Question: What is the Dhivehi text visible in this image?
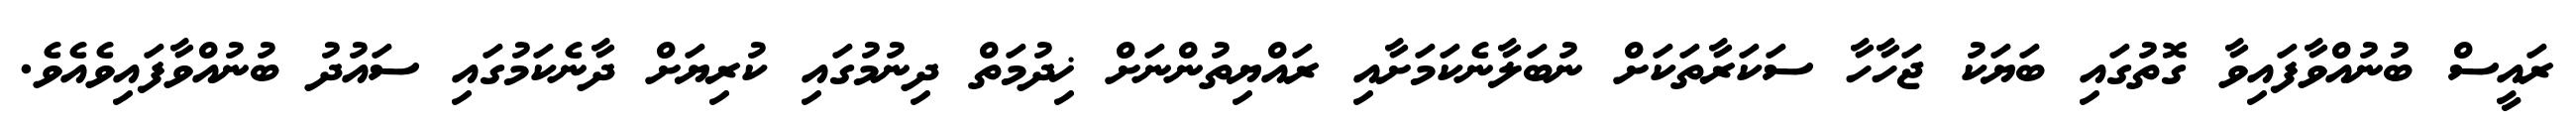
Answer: ރައީސް ބުނުއްވާފައިވާ ގޮތުގައި ބަޔަކު ޖަހާހާ ސަކަރާތަކަށް ނުބަލާނެކަމަށާއި ރައްޔިތުންނަށް ޚިދުމަތް ދިނުމުގައި ކުރިޔަށް ދާނެކަމުގައި ސައުދު ބުނުއްވާފައިވެއެވެ.